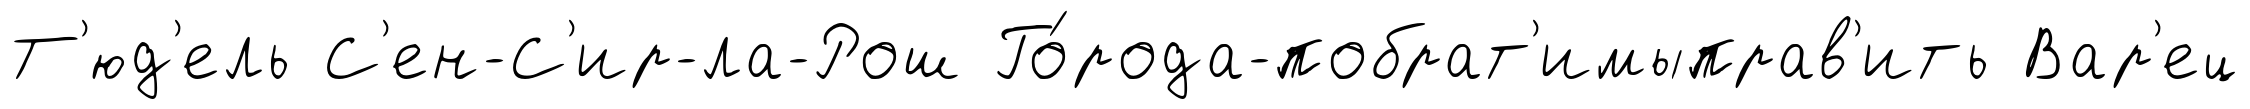
Т'юд'ель С'ен-С'ир-ла-Рош Го́рода-побрат'имыправ'ить Вар'ец